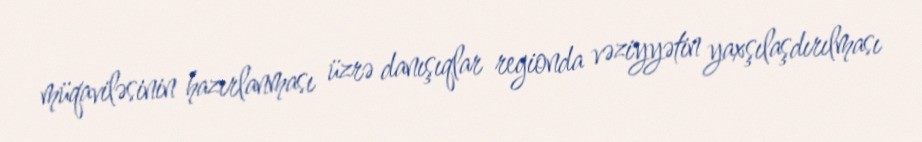
müqaviləsinin hazırlanması üzrə danışıqlar regionda vəziyyətin yaxşılaşdırılması